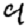
Digit: 9